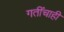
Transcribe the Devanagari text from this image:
गतींचाही